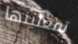
تفعلينها